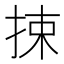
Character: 捒